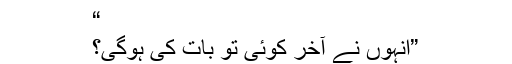
“
”انہوں نے آخر کوئی تو بات کی ہوگی؟